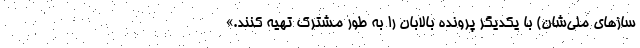
سازهای ملی‌شان) با یکدیگر پرونده بالابان را به طور مشترک تهیه کنند.»